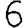
Digit: 6